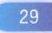
29